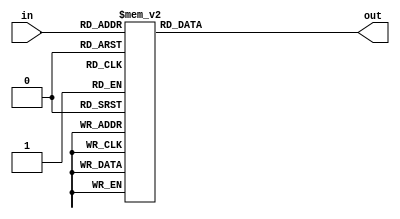
module hex_to_7seg (out,in);

	output [6:0] out; //low-active output
	input [3:0] in; //4-bit binary input

	reg [6:0] out; //make out a variable
	
	always @ (*) begin
		case (in)
			4'h0: out = 7'b1000000;
			4'h1: out = 7'b1111001;		// --0---
			4'h2: out = 7'b0100100; 	// |	  |
			4'h3: out = 7'b0110000;		// 5	  1
			4'h4: out = 7'b0011001;		// |	  |
			4'h5: out = 7'b0010010;		// --6---
			4'h6: out = 7'b0000010;		// |	  |
			4'h7: out = 7'b1111000;		// 4	  2
			4'h8: out = 7'b0000000;		// |	  |
			4'h9: out = 7'b0011000;		// --3---
			4'ha: out = 7'b0001000;
			4'hb: out = 7'b0000011;
			4'hc: out = 7'b1000110;
			4'hd: out = 7'b0100001;
			4'he: out = 7'b0000110;
			4'hf: out = 7'b0001110;
		endcase
	end
endmodule